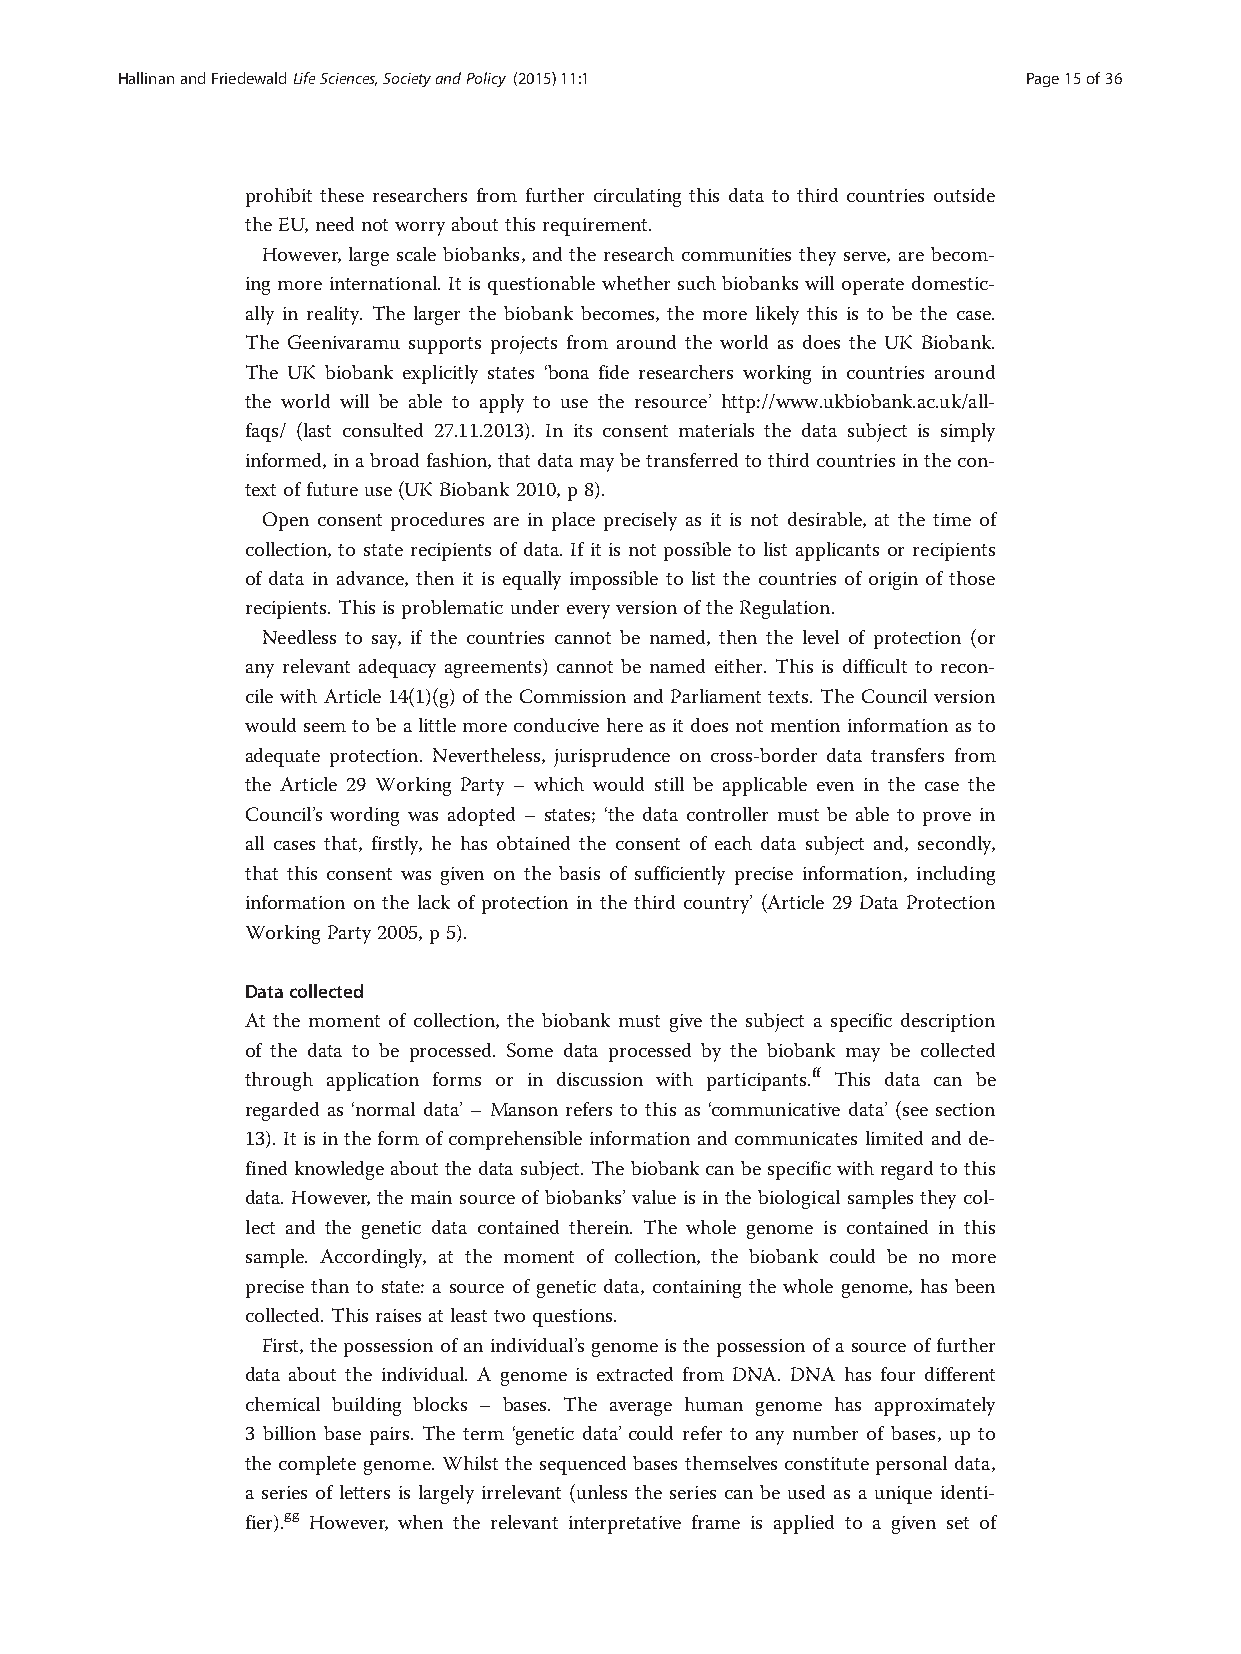
HallinanandFriedewaldLifeSciences,SocietyandPolicy (2015) 11:1 Page15of36
 prohibit these researchers from further circulating this data to third countries outside
 theEU,need notworry aboutthisrequirement.
 However, large scale biobanks, and the research communities they serve, are becom-
 ing more international. It is questionable whether such biobanks will operate domestic-
 ally in reality. The larger the biobank becomes, the more likely this is to be the case.
 The Geenivaramu supports projects from around the world as does the UK Biobank.
 The UK biobank explicitly states ‘bona fide researchers working in countries around
 the world will be able to apply to use the resource’ http://www.ukbiobank.ac.uk/all-
 faqs/ (last consulted 27.11.2013). In its consent materials the data subject is simply
 informed,inabroadfashion,thatdatamaybetransferredtothirdcountriesinthe con-
 textoffutureuse(UK Biobank2010,p8).
 Open consent procedures are in place precisely as it is not desirable, at the time of
 collection, to state recipients of data. If it is not possible to list applicants or recipients
 of data in advance, then it is equally impossible to list the countries of origin of those
 recipients.Thisisproblematicundereveryversion oftheRegulation.
 Needless to say, if the countries cannot be named, then the level of protection (or
 any relevant adequacy agreements) cannot be named either. This is difficult to recon-
 cile with Article 14(1)(g) of the Commission and Parliament texts. The Council version
 would seem tobealittle more conducive hereasitdoes not mention information asto
 adequate protection. Nevertheless, jurisprudence on cross-border data transfers from
 the Article 29 Working Party – which would still be applicable even in the case the
 Council’s wording was adopted – states; ‘the data controller must be able to prove in
 all cases that, firstly, he has obtained the consent of each data subject and, secondly,
 that this consent was given on the basis of sufficiently precise information, including
 information on the lack of protection in the third country’ (Article 29 Data Protection
 WorkingParty2005,p5).
 Datacollected
 At the moment of collection, the biobank must give the subject a specific description
 of the data to be processed. Some data processed by the biobank may be collected
 through application forms or in discussion with participants.ff This data can be
 regarded as ‘normal data’ – Manson refers to this as ‘communicative data’ (see section
 13). It is in the form of comprehensible information and communicates limited and de-
 fined knowledge about the data subject. The biobankcan bespecificwith regard to this
 data. However, the main source of biobanks’ value is in the biological samples they col-
 lect and the genetic data contained therein. The whole genome is contained in this
 sample. Accordingly, at the moment of collection, the biobank could be no more
 precise than to state: a source of genetic data, containing the whole genome, has been
 collected. Thisraisesatleasttwoquestions.
 First, the possession of an individual’s genome is the possession of a source of further
 data about the individual. A genome is extracted from DNA. DNA has four different
 chemical building blocks – bases. The average human genome has approximately
 3 billion base pairs. The term ‘genetic data’could refer to any number of bases, up to
 the complete genome. Whilst the sequenced bases themselves constitute personal data,
 a series of letters is largely irrelevant (unless the series can be used as a unique identi-
 fier).gg However, when the relevant interpretative frame is applied to a given set of